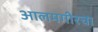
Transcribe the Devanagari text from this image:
आलमगीरचा